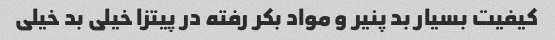
کیفیت بسیار بد پنیر و مواد بکر رفته در پیتزا خیلی بد خیلی